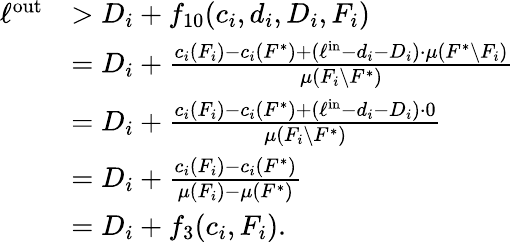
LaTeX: \begin{array}{rl}{\ell^{\mathrm{out}}}&{>D_{i}+f_{10}(c_{i},d_{i},D_{i},F_{i})}\\ {}&{=D_{i}+\frac{c_{i}(F_{i})-c_{i}(F^{*})+(\ell^{\mathrm{in}}-d_{i}-D_{i})\cdot\mu\left(F^{*}\setminus F_{i}\right)}{\mu\left(F_{i}\setminus F^{*}\right)}}\\ {}&{=D_{i}+\frac{c_{i}(F_{i})-c_{i}(F^{*})+(\ell^{\mathrm{in}}-d_{i}-D_{i})\cdot 0}{\mu\left(F_{i}\setminus F^{*}\right)}}\\ {}&{=D_{i}+\frac{c_{i}(F_{i})-c_{i}(F^{*})}{\mu(F_{i})-\mu(F^{*})}}\\ {}&{=D_{i}+f_{3}(c_{i},F_{i}).}\end{array}